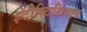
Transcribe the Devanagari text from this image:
इंटीस्र्टिशियल